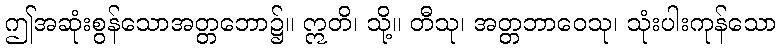
ဤအဆုံးစွန်သောအတ္တဘော၌။ ဣတိ၊ သို့။ တီသု၊ အတ္တဘာဝေသု၊ သုံးပါးကုန်သော